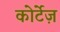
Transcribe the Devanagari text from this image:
कोर्टेज़